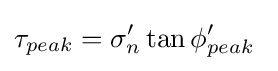
\tau _{peak}=\sigma _{n}'\tan \phi _{peak}'\